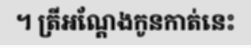
។ ត្រីអណ្តែងកូនកាត់នេះ